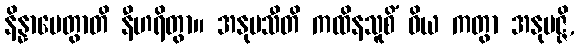
နိန္နာမေတွာတိ နီဟရိတွာ။ အနုမသီတိ ကထိနသူစိံ ဝိယ ကတွာ အနုမဇ္ဇိ,